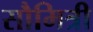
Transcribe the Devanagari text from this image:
सौमित्री